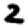
Digit: 2